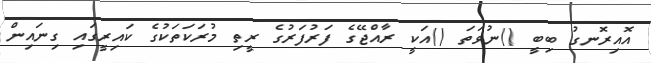
އޮއިރޮނގު ބިބީ ()ނުވަތަ ()އަކީ ރާއްޖޭގެ ފަރުފަރުގެ ރީތި މުރަކަތަކުގެ ކައިރީގައި ގިނައިން